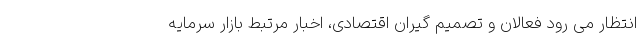
انتظار می رود فعالان و تصمیم گیران اقتصادی، اخبار مرتبط بازار سرمایه